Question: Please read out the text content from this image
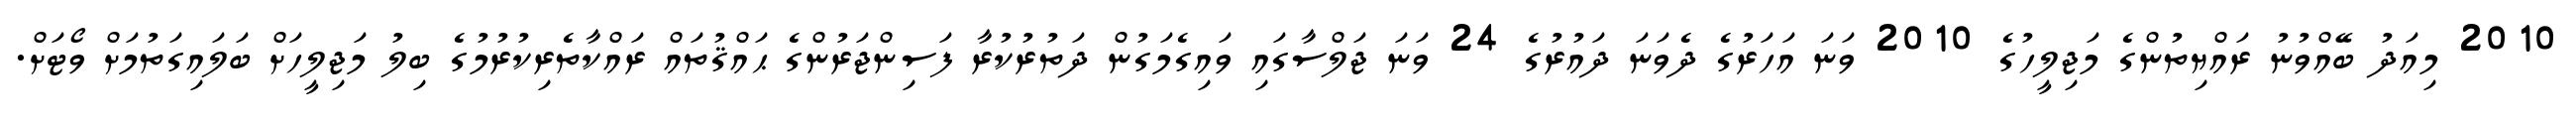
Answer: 2010 މިއަދު ބޭއްވުނު ރައްޔިތުންގެ މަޖިލީހުގެ 2010 ވަނަ އަހަރުގެ ދެވަނަ ދައުރުގެ 24 ވަނަ ޖަލްސާގައި ވައިގެމަގުން ދަތުރުކުރާ ފަސިންޖަރުންގެ ޙައްޤުތައް ރައްކާތެރިކުރުމުގެ ބިލު މަޖިލީހަށް ބަލައިގަތުމަށް ވޯޓަށް.